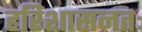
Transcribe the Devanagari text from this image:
हरिशासनतः